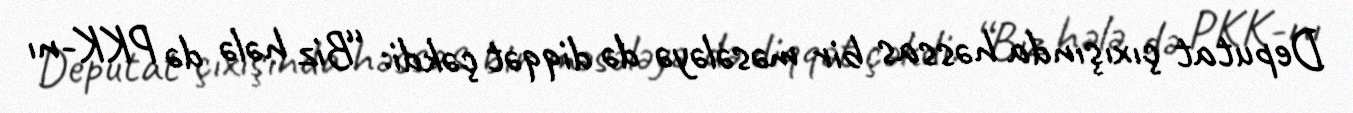
Deputat çıxışında həssas bir məsələyə də diqqət çəkdi: “Biz hələ də PKK-nı